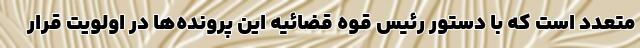
متعدد است که با دستور رئیس قوه قضائیه این پرونده‌ها در اولویت قرار